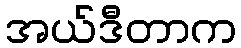
အယ်ဒီတာက